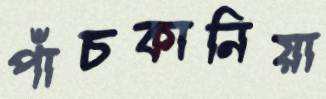
পাঁচকানিয়া